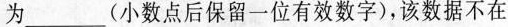
为___(小数点后保留一位有效数字)，该数据不在